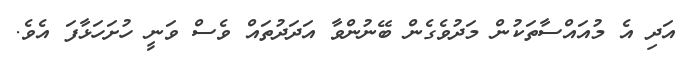
އަދި އެ މުއައްސާތަކުން މަދުވެގެން ބޭނުންވާ އަދަދުތައް ވެސް ވަނީ ހުށަހަޅާފަ އެވެ.